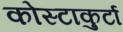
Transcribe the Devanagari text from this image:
कोस्टाकुर्टा